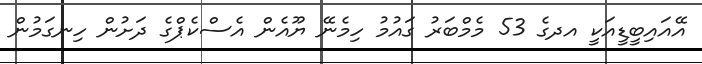
އޭއައިބީޑީއަކީ އދގެ 53 މެމްބަރު ގައުމު ހިމެނޭ ޔޫއެން އެސްކެޕްގެ ދަށުން ހިނގަމުން